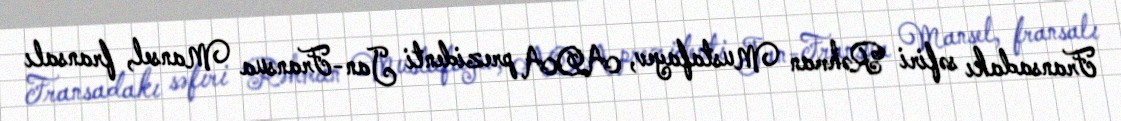
Fransadakı səfiri Rəhman Mustafayev, ADA prezidenti Jan-Fransua Mansel, fransalı